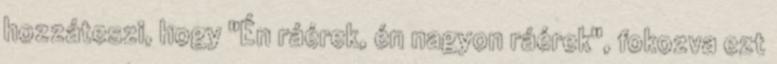
hozzáteszi, hogy "Én ráérek, én nagyon ráérek", fokozva ezt